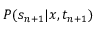
P ( s _ { n + 1 } | x , t _ { n + 1 } )